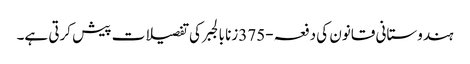
ہندوستانی قانون کی دفعہ-375زنا بالجبر کی تفصیلات پیش کرتی ہے۔